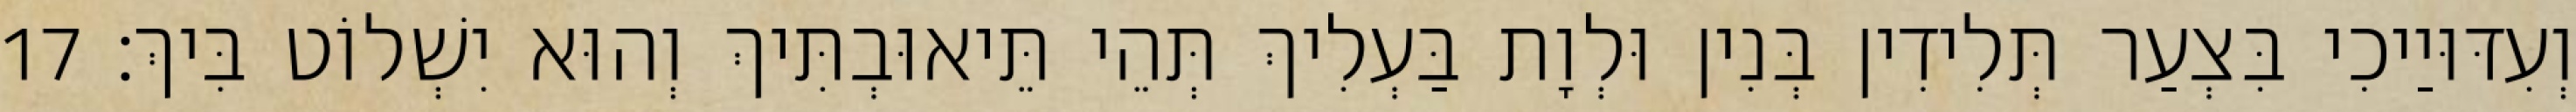
וְעִדּוּיַיכִי בִּצְעַר תְּלִידִין בְּנִין וּלְוָת בַּעְלִיךְ תְּהֵי תֵּיאוּבְתִּיךְ וְהוּא יִשְׁלוֹט בִּיךְ׃ 17